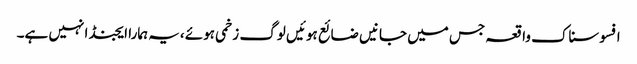
افسوسناک واقعہ جس میں جانیں ضائع ہوئیں لوگ زخمی ہوئے ،یہ ہمارا ایجنڈا نہیں ہے۔